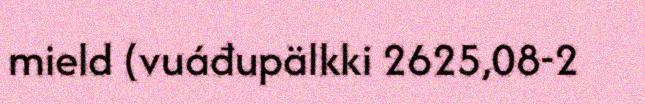
mield (vuáđupälkki 2625,08-2